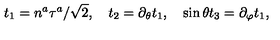
t _ { 1 } = n ^ { a } \tau ^ { a } / \sqrt { 2 } , \quad t _ { 2 } = \partial _ { \theta } t _ { 1 } , \quad \sin \theta t _ { 3 } = \partial _ { \varphi } t _ { 1 } ,